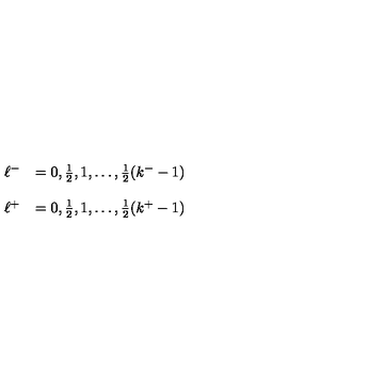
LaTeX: \begin{array} { l l } { \ell ^ { - } } & { = 0 , \frac { 1 } { 2 } , 1 , \dots , \frac { 1 } { 2 } ( k ^ { - } - 1 ) } \\ { } & { } \\ { \ell ^ { + } } & { = 0 , \frac { 1 } { 2 } , 1 , \ldots , \frac { 1 } { 2 } ( k ^ { + } - 1 ) } \\ \end{array}